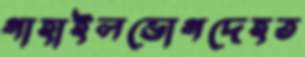
গাহাইলভোগদেহত